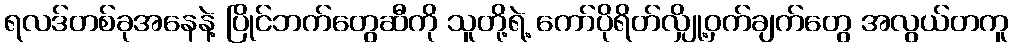
ရလဒ်တစ်ခုအနေနဲ့ ပြိုင်ဘက်တွေဆီကို သူတို့ရဲ့ ကော်ပိုရိတ်လျှို့ဝှက်ချက်တွေ အလွယ်တကူ